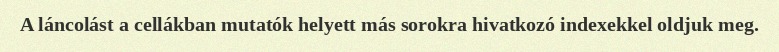
A láncolást a cellákban mutatók helyett más sorokra hivatkozó indexekkel oldjuk meg.